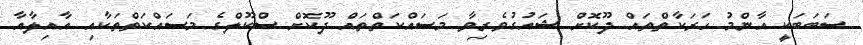
ސަބަބަކީ އާންމު ހަރަކާތްތައް ދޫކޮށް ޝައުގުވެރިވާ މަސައްކަތްތައް ދޫކޮށް ސްކޫލްގެ މަސައްކަތްތަކާއި އާއިލާއާ